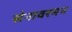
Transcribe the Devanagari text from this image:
सेनावरमन